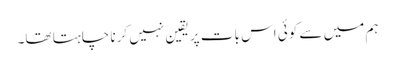
ہم میں سے کوئی اس بات پر یقین نہیں کرنا چاہتا تھا۔